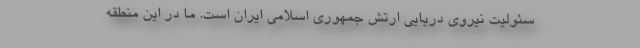
سئولیت نیروی دریایی ارتش جمهوری اسلامی ایران است. ما در این منطقه